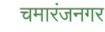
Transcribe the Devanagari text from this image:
चमारंजनगर